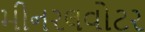
મીનરલવોટર